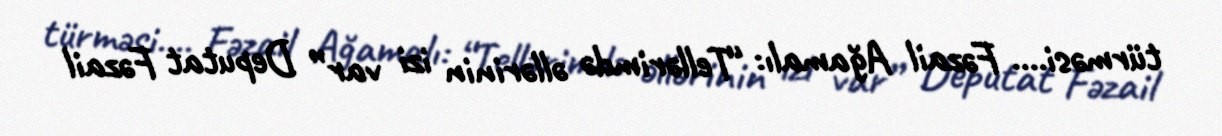
türməsi.... Fəzail Ağamalı: “Tellərimdə əllərinin izi var” Deputat Fəzail